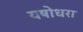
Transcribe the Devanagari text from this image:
यषोधरा